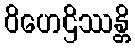
ဝိဟေဌိဿန္တိ